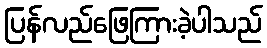
ပြန်လည်ဖြေကြားခဲ့ပါသည်